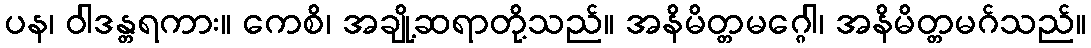
ပန၊ ဝါဒန္တရကား။ ကေစိ၊ အချို့ဆရာတို့သည်။ အနိမိတ္တမဂ္ဂေါ၊ အနိမိတ္တမဂ်သည်။